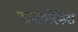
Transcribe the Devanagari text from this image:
पापायरिफेरा